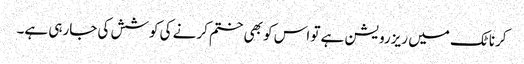
کرناٹک میں ریزرویشن ہے تو اس کو بھی ختم کرنے کی کوشش کی جارہی ہے۔